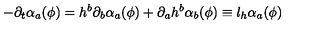
- \partial _ { t } \alpha _ { a } ( \phi ) = h ^ { b } \partial _ { b } \alpha _ { a } ( \phi ) + \partial _ { a } h ^ { b } \alpha _ { b } ( \phi ) \equiv l _ { h } \alpha _ { a } ( \phi )